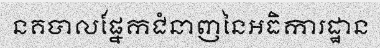
នគបាលផ្នែកជំនាញនៃអធិការដ្ឋាន